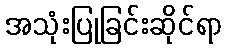
အသုံးပြုခြင်းဆိုင်ရာ